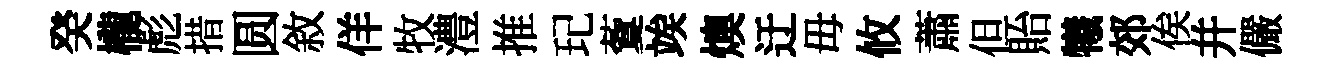
癸櫳彪措圆敘佯牧澧推玘藑竢燠迂毋攸蕭但貽犧郊俟并儼